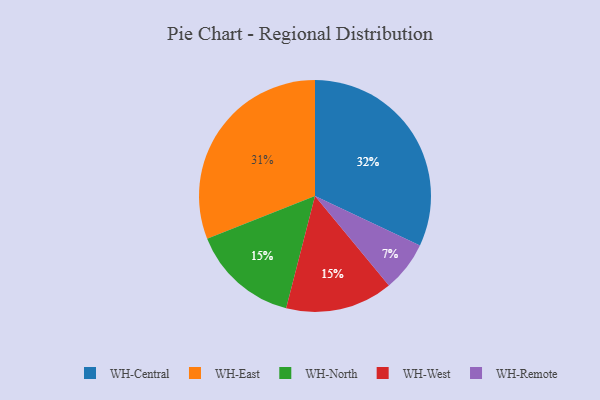
{"axis": {"x": "Category", "y": "Percentage"}, "legend": ["WH-Central", "WH-East", "WH-North", "WH-Remote", "WH-West"], "data": [{"x": "WH-East", "y": 31, "type": "WH-East"}, {"x": "WH-Central", "y": 32, "type": "WH-Central"}, {"x": "WH-North", "y": 15, "type": "WH-North"}, {"x": "WH-Remote", "y": 7, "type": "WH-Remote"}, {"x": "WH-West", "y": 15, "type": "WH-West"}]}